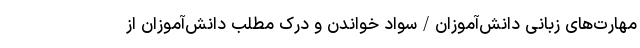
مهارت‌های زبانی دانش‌آموزان/سواد خواندن و درک مطلب دانش‌آموزان از